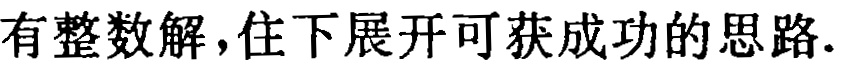
有整数解，往下展开可获成功的思路.